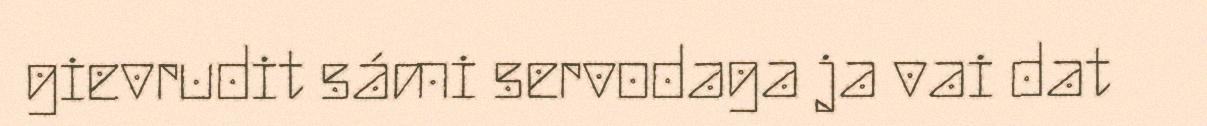
gievrudit sámi servodaga ja vai dat